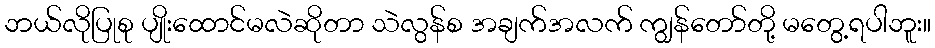
ဘယ်လိုပြုစု ပျိုးထောင်မလဲဆိုတာ သဲလွန်စ အချက်အလက် ကျွန်တော်တို့ မတွေ့ရပါဘူး။